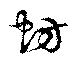
蚄